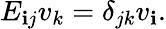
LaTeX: E_{\mathbf{i}j}v_{k}=\delta_{jk}v_{\mathbf{i}}.